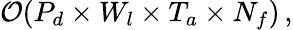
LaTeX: {\cal O}(P_{d}\times W_{l}\times T_{a}\times N_{f})\, ,